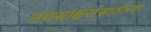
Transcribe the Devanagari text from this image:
नवसाक्षरांसाठीच्या